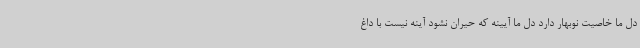
دل ما خاصیت نوبهار دارد دل ما آیینه که حیران نشود آینه نیست با داغ